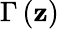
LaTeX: \Gamma\left(\mathbf{z}\right)